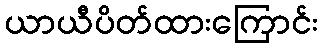
ယာယီပိတ်ထားကြောင်း